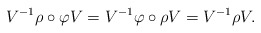
\begin{align*}V^{-1}\rho\circ \varphi V=V^{-1}\varphi\circ \rho V=V^{-1} \rho V.\end{align*}